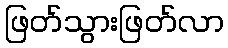
ဖြတ်သွားဖြတ်လာ